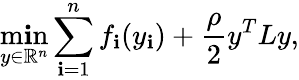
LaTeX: \operatorname*{m\mathbf{i}n}_{y\in\mathbb{{R}}^{n}}\sum_{\mathbf{i}=1}^{n}f_{\mathbf{i}}(y_{\mathbf{i}})+\frac{{\rho}}{{2}}y^{T}Ly,